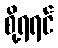
စို့ရရင်